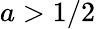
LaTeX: a>1/2